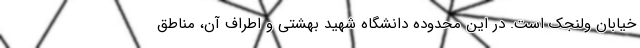
خیابان ولنجک است. در این محدوده دانشگاه شهید بهشتی و اطراف آن، مناطق